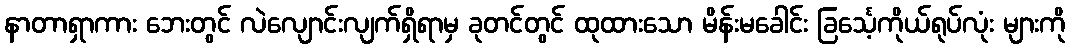
နာတာရှာကား ဘေးတွင် လဲလျောင်းလျက်ရှိရာမှ ခုတင်တွင် ထုထားသော မိန်းမခေါင်း ခြင်္သေ့ကိုယ်ရုပ်လုံး များကို